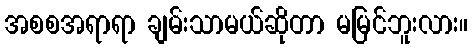
အစစအရာရာ ချမ်းသာမယ်ဆိုတာ မမြင်ဘူးလား။